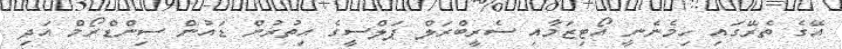
އޭގެ ތެރޭގައި ހިމެނެނީ އޯޓިޒަމާއި ސެރީބްރަލް ޕަލްސީގެ އިތުރުން ޑައުން ސިންޑްރޯމް އަދި